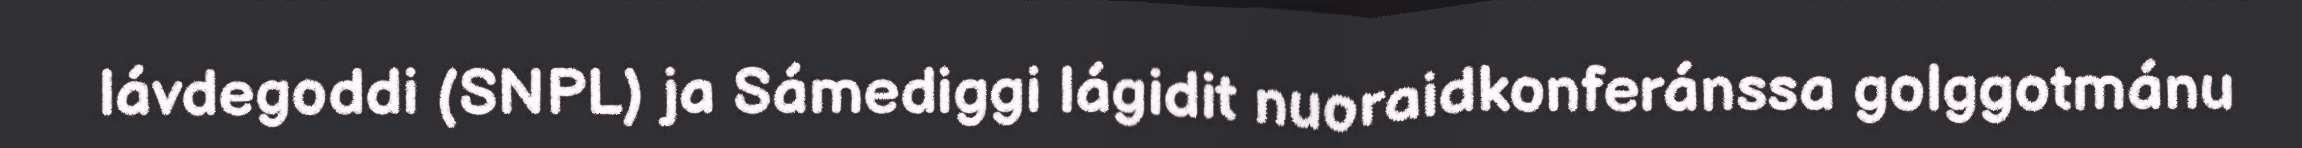
lávdegoddi (SNPL) ja Sámediggi lágidit nuoraidkonferánssa golggotmánu